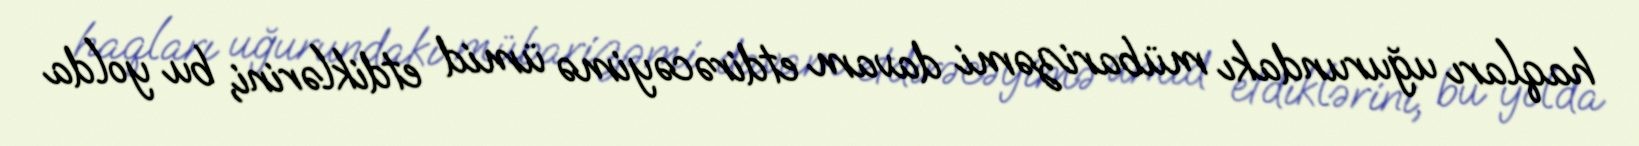
haqları uğurundakı mübarizəmi davam etdirəcəyimə ümid etdiklərini, bu yolda